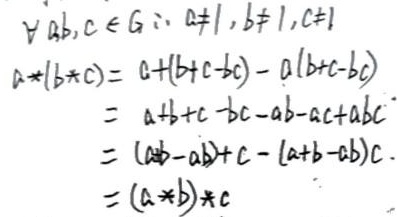
$\forall a,b,c\in G,a\neq1,b\neq1,c\neq1$
\begin{align*}
a*(b*c)&=a+(b + c - bc)-a(b + c - bc)\\
&=a + b + c - bc - ab - ac+abc\\
&=(a + b - ab)+c-(a + b - ab)c\\
&=(a*b)*c
\end{align*}